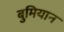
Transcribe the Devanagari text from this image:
बुमियान